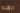
الكتلة